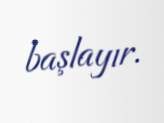
başlayır.